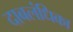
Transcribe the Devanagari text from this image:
दाबलंधिका